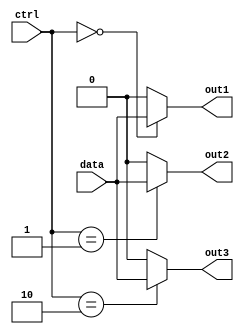
module demux (
    input [1:0] ctrl,
    input data,
    output out1,
    output out2,
    output out3
);

assign out1 = (ctrl == 2'b00) ? data : 1'b0;
assign out2 = (ctrl == 2'b01) ? data : 1'b0;
assign out3 = (ctrl == 2'b10) ? data : 1'b0;

endmodule